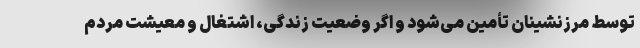
توسط مرزنشینان تأمین می‌شود و اگر وضعیت زندگی، اشتغال و معیشت مردم